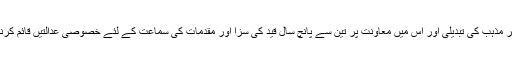
جس کے تحت جبری طور پر مذہب کی تبدیلی اور اس میں معاونت پر تین سے پانچ سال قید کی سزا اور مقدمات کی سماعت کے لئے خصوصی عدالتیں قائم کرنے کی سفارش کی گئی تھی۔